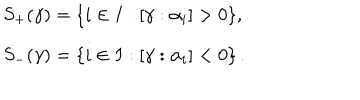
\begin{array} { l } { { S _ { + } ( \gamma ) = \{ i \in I : [ \gamma : \alpha _ { i } ] > 0 \} , } } \\ { { S _ { - } ( \gamma ) = \{ i \in I : [ \gamma : \alpha _ { i } ] < 0 \} \, . } } \\ \end{array}